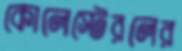
কোলেস্টেরলের